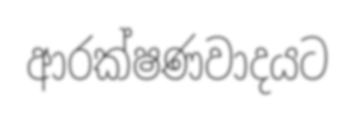
ආරක්ෂණවාදයට